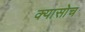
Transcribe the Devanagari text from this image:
क्यासोच